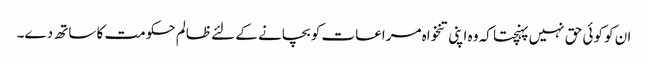
ان کو کوئی حق نہیں پہنچتا کہ وہ اپنی تنخواہ مراعات کو بچانے کے لئے ظالم حکومت کا ساتھ دے۔